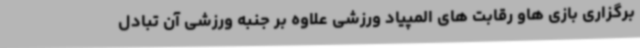
برگزاری بازی هاو رقابت های المپیاد ورزشی علاوه بر جنبه ورزشی آن تبادل